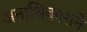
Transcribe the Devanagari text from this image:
अनाधिकाराने